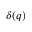
\delta ( q )